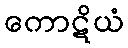
ကောဋိယံ